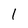
Character: 1